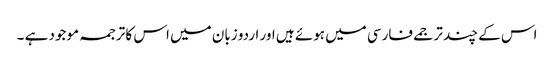
اس کے چند ترجمے فارسی میں ہوئے ہیں اور اردو زبان میں اس کا ترجمہ موجود ہے ۔